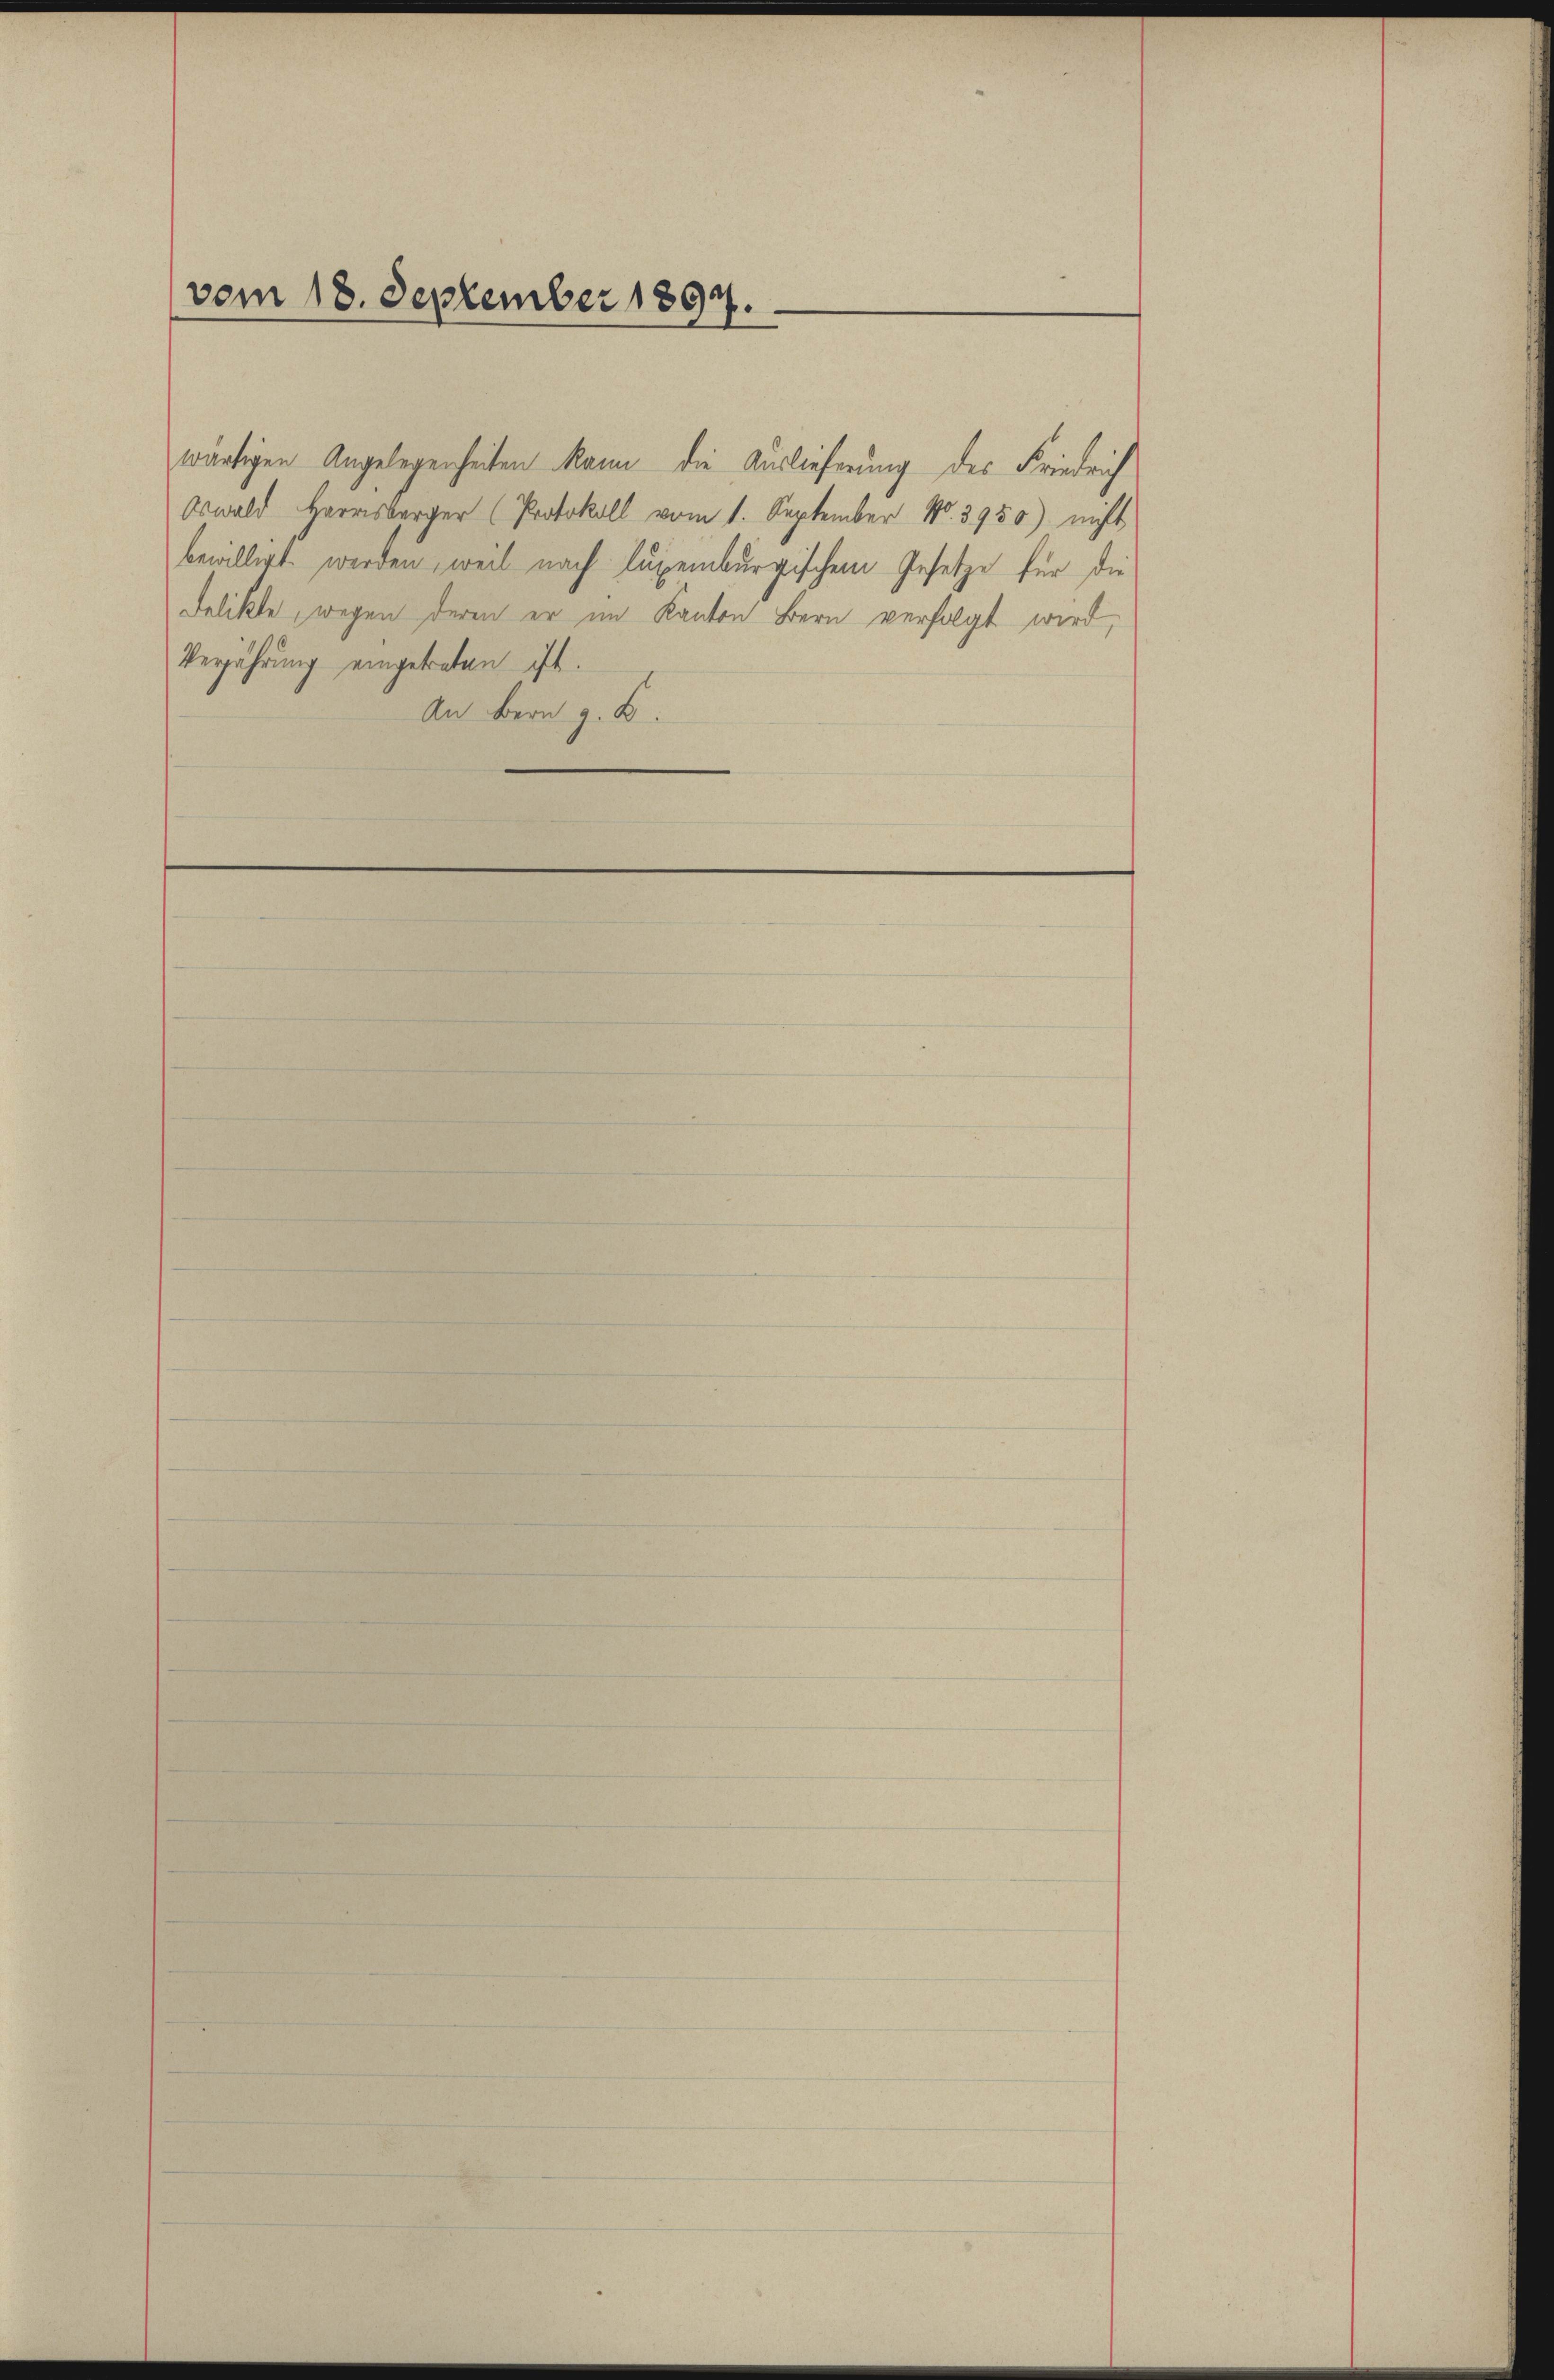
vom 18. September 1897.

wärtigen Angelegenheiten kann die Auslieferung des Friedrich
Oswald Herrnsberger (Protokoll vom 1. September No. 3950) nicht
bewilligt werden, weil nach Luxenburgischem Gesetze für die
Delikte, wegen deren er im Kanton Bern verfolgt wird,
Verjährung eingetreten ist.
An Bern z. B.